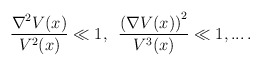
\begin{align*}\frac{\nabla ^{2}V(x)}{V^{2}(x)}\ll 1,\,\,\, \frac{\left( \nabla V(x)\right) ^{2}} {V^{3}(x)}\ll 1,...\, . \end{align*}